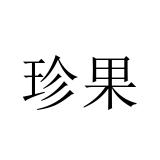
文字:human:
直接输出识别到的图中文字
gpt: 珍果